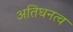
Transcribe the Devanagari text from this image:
अतिघनत्व